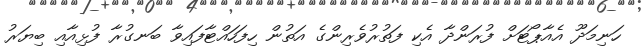
ހަނިމަދޫ އެއާޕޯޓަށް ފުރަންދާ އެކި ފަތުރުވެރިންގެ އަތުން ހިފަހައްޓާފައިވާ ބަނގުރާ ފުޅިއާއި ބިޔަރު